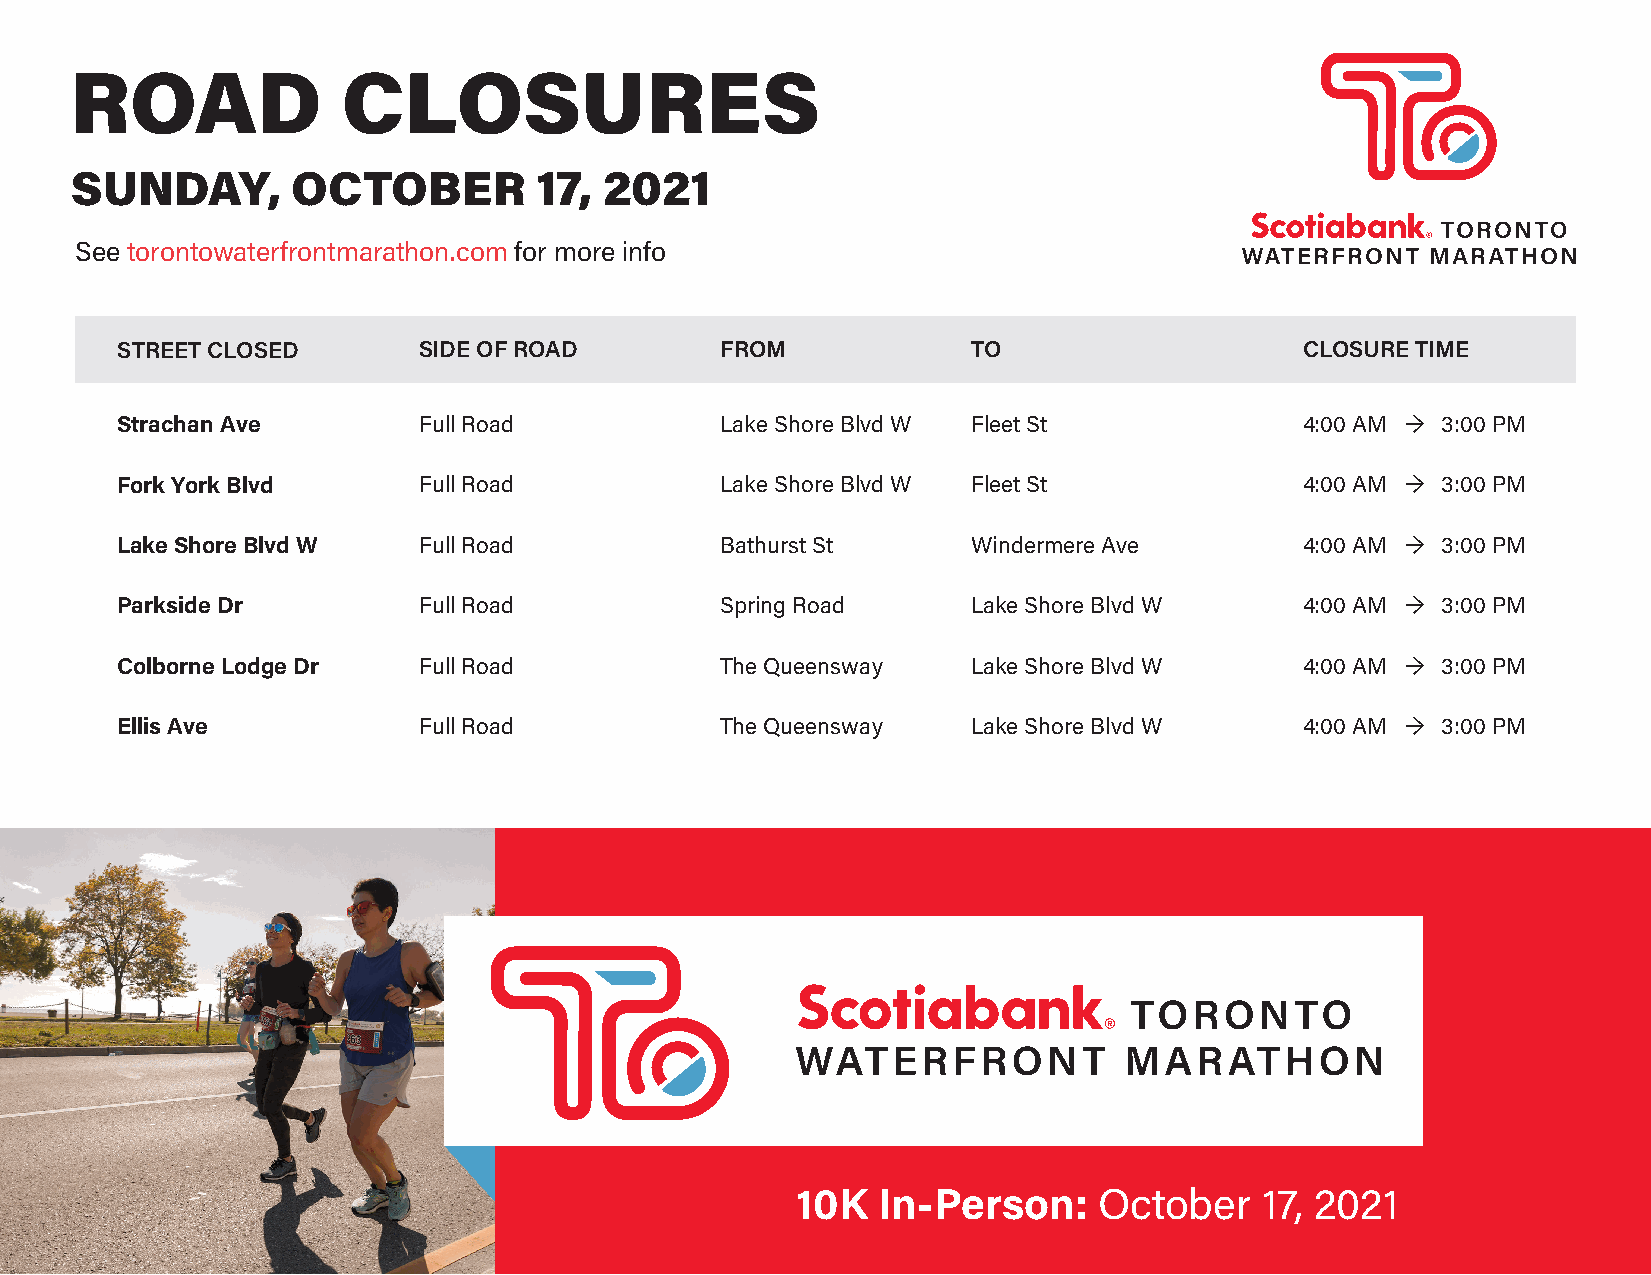
ROAD              CLOSURES
 SUNDAY,       OCTOBER          17, 2021
 See torontowaterfrontmarathon.com for more info
 STREET CLOSED       SIDE OF ROAD        FROM            TO                    CLOSURE TIME
 Strachan Ave        Full Road           Lake Shore Blvd W Fleet St            4:00 AM → 3:00 PM
 Fork York Blvd      Full Road           Lake Shore Blvd W Fleet St            4:00 AM → 3:00 PM
 Lake Shore Blvd W   Full Road           Bathurst St     Windermere Ave        4:00 AM → 3:00 PM
 Parkside Dr         Full Road           Spring Road     Lake Shore Blvd W     4:00 AM → 3:00 PM
 Colborne Lodge Dr   Full Road           The Queensway   Lake Shore Blvd W     4:00 AM → 3:00 PM
 Ellis Ave           Full Road           The Queensway   Lake Shore Blvd W     4:00 AM → 3:00 PM
 10K  In-Person:     October   17, 2021